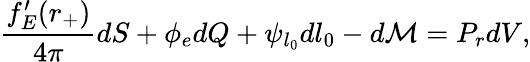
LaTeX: \frac{f_{E}^{\prime}(r_{+})}{4\pi}dS+\phi_{e}dQ+\psi_{l_{0}}dl_{0}-d\mathcal{M}=P_{r}dV,